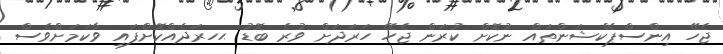
ޖެހޭ އިންސްޕެކްޝަންތައް ނުކޮށް ކުރަން ޖެހޭ ހަރަދަށް ވުރެ ބޮޑު ޙހރަދެއްކޮށްފައި ވާކަމަށްވެސް